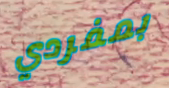
بمفردي